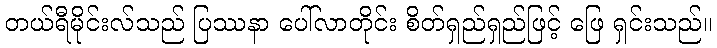
တယ်ရီမိုင်းလ်သည် ပြဿနာ ပေါ်လာတိုင်း စိတ်ရှည်ရှည်ဖြင့် ဖြေ ရှင်းသည်။